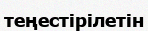
теңестірілетін